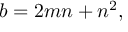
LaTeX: b = 2 m n + n ^ { 2 } ,